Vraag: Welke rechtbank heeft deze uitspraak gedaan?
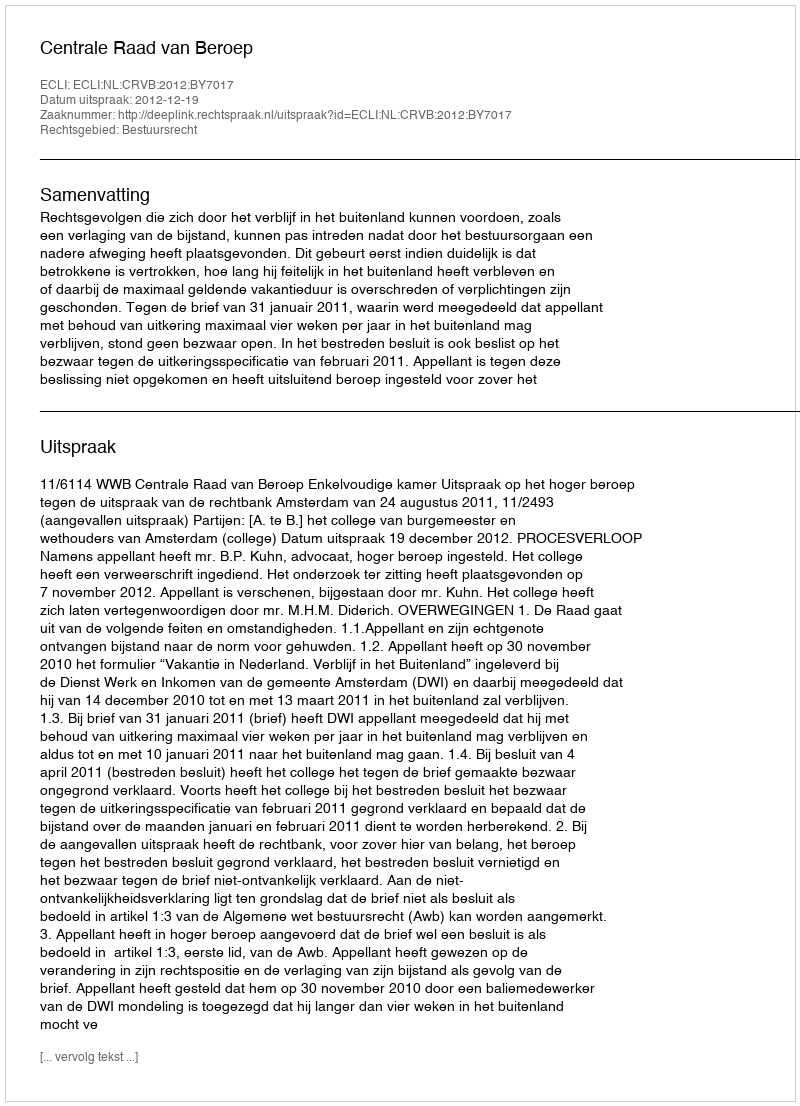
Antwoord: Centrale Raad van Beroep